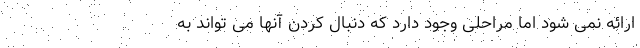
ارائه نمی شود اما مراحلی وجود دارد که دنبال کردن آنها می تواند به